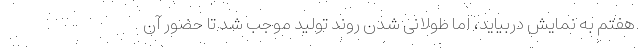
هفتم به نمایش دربیاید، اما طولانی شدن روند تولید موجب شد تا حضور آن